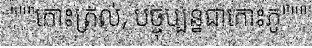
"""កោះត្រល់, បច្ចុប្បន្នជាកោះភូ"""